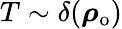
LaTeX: T\sim\delta(\boldsymbol{\mathbf{\rho}}_{\mathrm{o}})